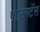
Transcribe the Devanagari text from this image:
फाउनटेंस